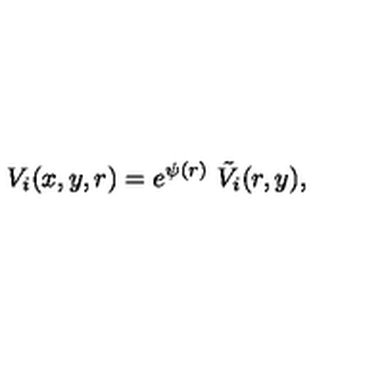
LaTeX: V _ { i } ( x , y , r ) = e ^ { \psi ( r ) } \ \tilde { V } _ { i } ( r , y ) ,